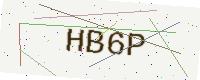
Text: HB6P